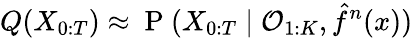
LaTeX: {Q(X_{0:T})\approx\mathrm{~P~}(X_{0:T}\mid\mathcal{O}_{1:K},\hat{f}^{n}(x))}